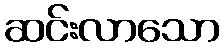
ဆင်းလာသော